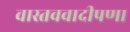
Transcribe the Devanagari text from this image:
वास्तववादीपणा